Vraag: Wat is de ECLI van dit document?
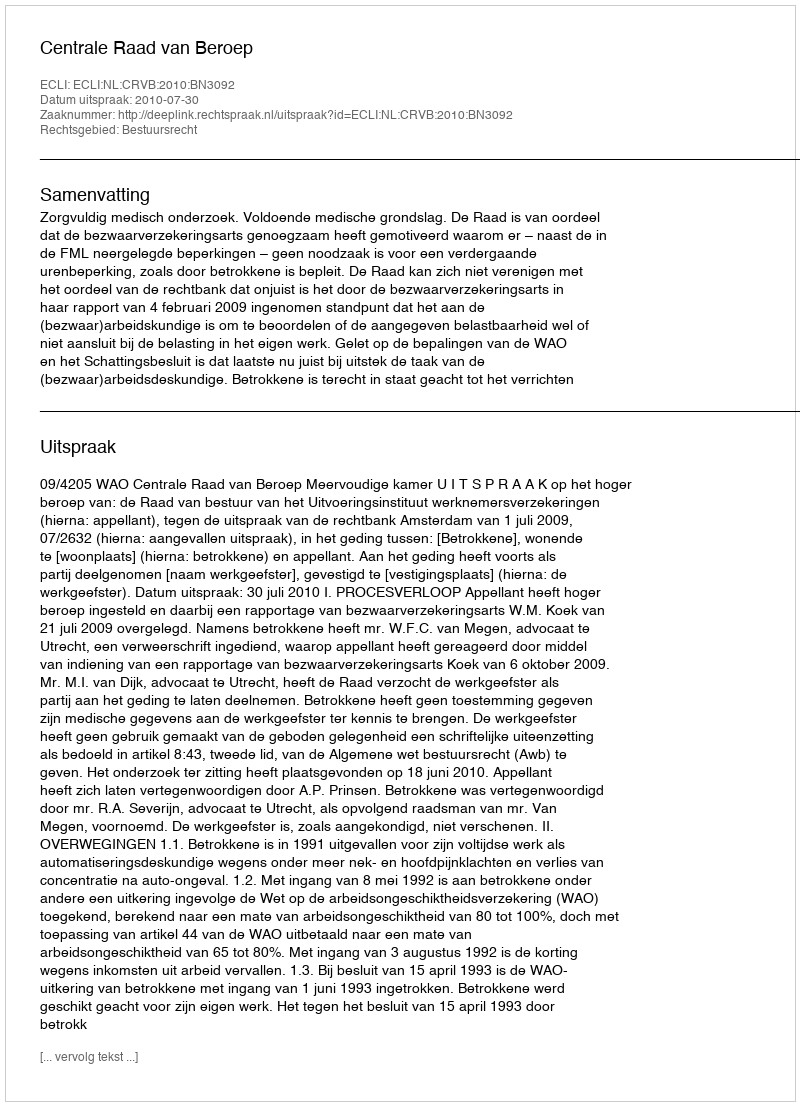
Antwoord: ECLI:NL:CRVB:2010:BN3092